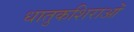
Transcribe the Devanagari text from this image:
धातुकशिराओं